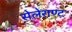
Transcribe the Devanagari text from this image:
सेलेराण्ट